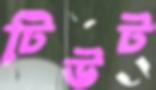
টিউট